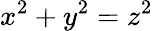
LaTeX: x^{2}+y^{2}=z^{2}